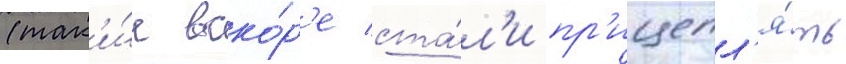
(так'и́е вско́р'е ста́л'и пр'ицепл'я́ть